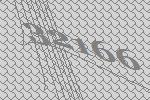
32166